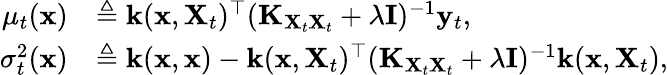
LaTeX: \begin{array}{rl}{\mu_{t}(\mathbf{x})}&{\triangleq\mathbf{k}(\mathbf{x},\mathbf{X}_{t})^{\top}(\mathbf{K}_{\mathbf{X}_{t}\mathbf{X}_{t}}+\lambda\mathbf{I})^{-1}\mathbf{y}_{t},}\\ {\sigma_{t}^{2}(\mathbf{x})}&{\triangleq\mathbf{k}(\mathbf{x},\mathbf{x})-\mathbf{k}(\mathbf{x},\mathbf{X}_{t})^{\top}(\mathbf{K}_{\mathbf{X}_{t}\mathbf{X}_{t}}+\lambda\mathbf{I})^{-1}\mathbf{k}(\mathbf{x},\mathbf{X}_{t}),}\end{array}